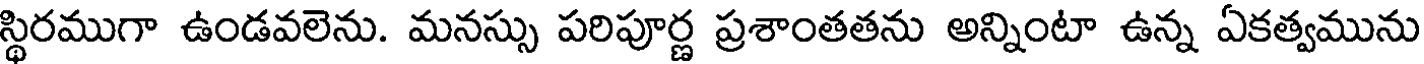
స్థిరముగా ఉండవలెను. మనస్సు పరిపూర్ణ ప్రశాంతతను అన్నింటా ఉన్న ఏకత్వమును